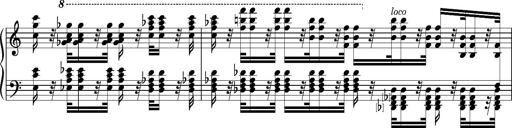
Title: Introduction des Variations sur une marche du SiÃ¨ge de Corinthe, S.421a
Composer: Franz Liszt
Key: F minor